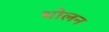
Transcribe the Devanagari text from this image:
थोलन